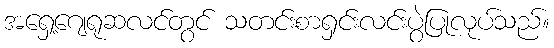
အရှေ့ဂျေရုဆလင်တွင် သတင်းစာရှင်းလင်းပွဲပြုလုပ်သည်။